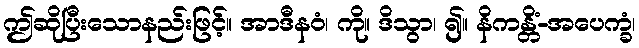
ဤဆိုပြီးသောနည်းဖြင့်။ အာဒီနဝံ၊ ကို။ ဒိသွာ၊ ၍။ နိကန္တိံ-အပေက္ခံ၊